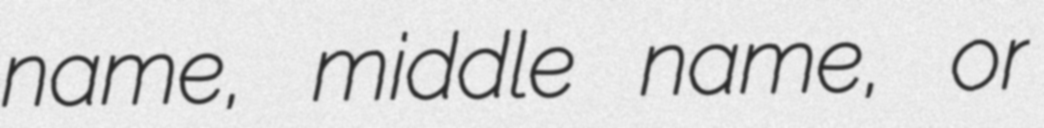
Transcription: name, middle name, or